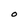
Character: O